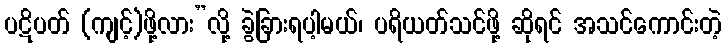
ပဋိပတ် (ကျင့်)ဖို့လား”လို့ ခွဲခြားရပါ့မယ်၊ ပရိယတ်သင်ဖို့ ဆိုရင် အသင်ကောင်းတဲ့